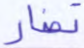
تضار